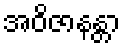
အဝိဇာနန္တာ